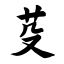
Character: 芟